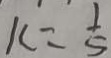
k = \frac { 1 } { 5 }